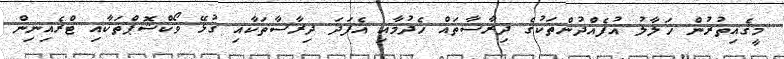
މީގެއިތުރުން ހަލާލު އުފެއްދުންތަކުގެ ދިރާސާތައް ހެދުމާއި އެފަަދަ ދިރާސާތަކާއި ގުޅޭ ވޯކްޝޮޕްތަކާއި ޓްރެއިނިން